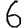
Digit: 6